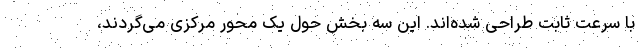
با سرعت ثابت طراحی شده‌اند. این سه بخش حول یک محور مرکزی می‌گردند،